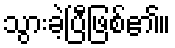
သွားခဲ့ပြီဖြစ်၏။